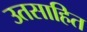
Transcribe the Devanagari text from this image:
उतसाहित